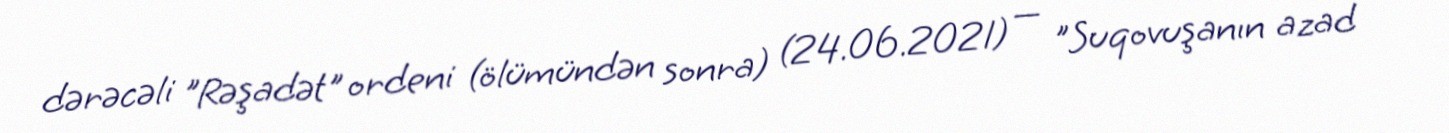
dərəcəli "Rəşadət" ordeni (ölümündən sonra) (24.06.2021) — "Suqovuşanın azad